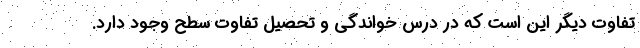
تفاوت دیگر این است که در درس خواندگی و تحصیل تفاوت سطح وجود دارد.